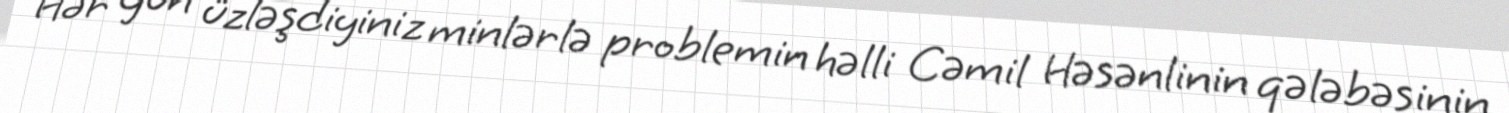
Hər gün üzləşdiyiniz minlərlə problemin həlli Cəmil Həsənlinin qələbəsinin